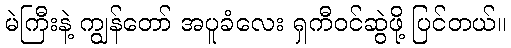
မဲကြီးနဲ့ ကျွန်တော် အပူခံလေး ရှကီဝင်ဆွဲဖို့ ပြင်တယ်။